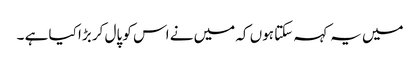
میں یہ کہہ سکتا ہوں کہ میں نے اس کو پال کر بڑا کیا ہے ۔